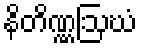
နိတိဏ္ဏဩဃံ